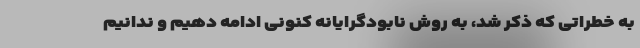
به خطراتی که ذکر شد، به روش نابودگرایانه کنونی ادامه دهیم و ندانیم